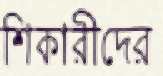
শিকারীদের